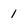
Character: 1